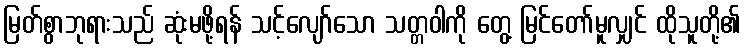
မြတ်စွာဘုရားသည် ဆုံးမဖို့ရန် သင့်လျော်သော သတ္တဝါကို တွေ့ မြင်တော်မူလျှင် ထိုသူတို့၏